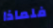
فلماذا